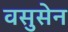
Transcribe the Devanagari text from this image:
वसुसेन